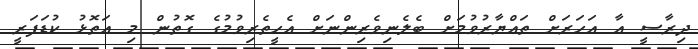
ދިރާސީ އާ އަހަރަށް ތައްޔާރުވުމަށް ބެލެނިވެރިންނަށް އެހީތެރިވުމުގެ ގޮތުން މި އަތޮޅު ކުޑަފަރީ